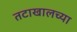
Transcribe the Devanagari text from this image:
तटाखालच्या